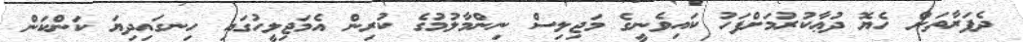
ދެފަރާތަށް ހެޔޮ ދުޢާކުރުމަށްފަހު ކައިވެނީގެ މަޖިލިސް ނިންމާލުމުގެ ކުރިން އެމަޖިލީހުގައި ހިނގައިދިޔަ ކަންކަން